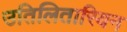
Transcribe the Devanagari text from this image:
उतिलितारियन